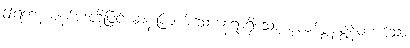
ဤရတနာခုနစ်ပါးတို့ဖြင့် ဆန်းကြယ်သောနေရာရှိသော စုလစ်မွန်းချွန်တပ်သော